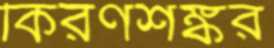
কিরণশঙ্কর